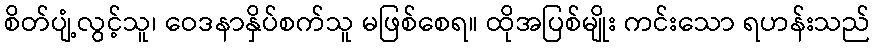
စိတ်ပျံ့လွင့်သူ၊ ဝေဒနာနှိပ်စက်သူ မဖြစ်စေရ။ ထိုအပြစ်မျိုး ကင်းသော ရဟန်းသည်